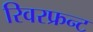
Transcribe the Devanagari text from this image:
रिवरफ्रन्ट